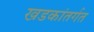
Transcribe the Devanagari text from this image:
खडकांतर्गत